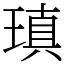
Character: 瑱